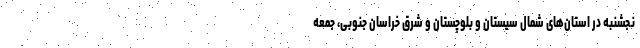
نجشنبه در استان‌های شمال سیستان و بلوچستان و شرق خراسان جنوبی، جمعه